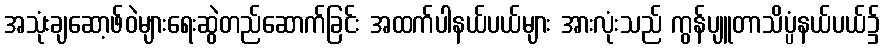
အသုံးချဆော့ဖ်ဝဲများရေးဆွဲတည်ဆောက်ခြင်း အထက်ပါနယ်ပယ်များ အားလုံးသည် ကွန်ပျူတာသိပ္ပံနယ်ပယ်၌